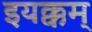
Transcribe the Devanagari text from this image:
इयक्कम्